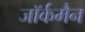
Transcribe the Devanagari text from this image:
जॉर्कमैन